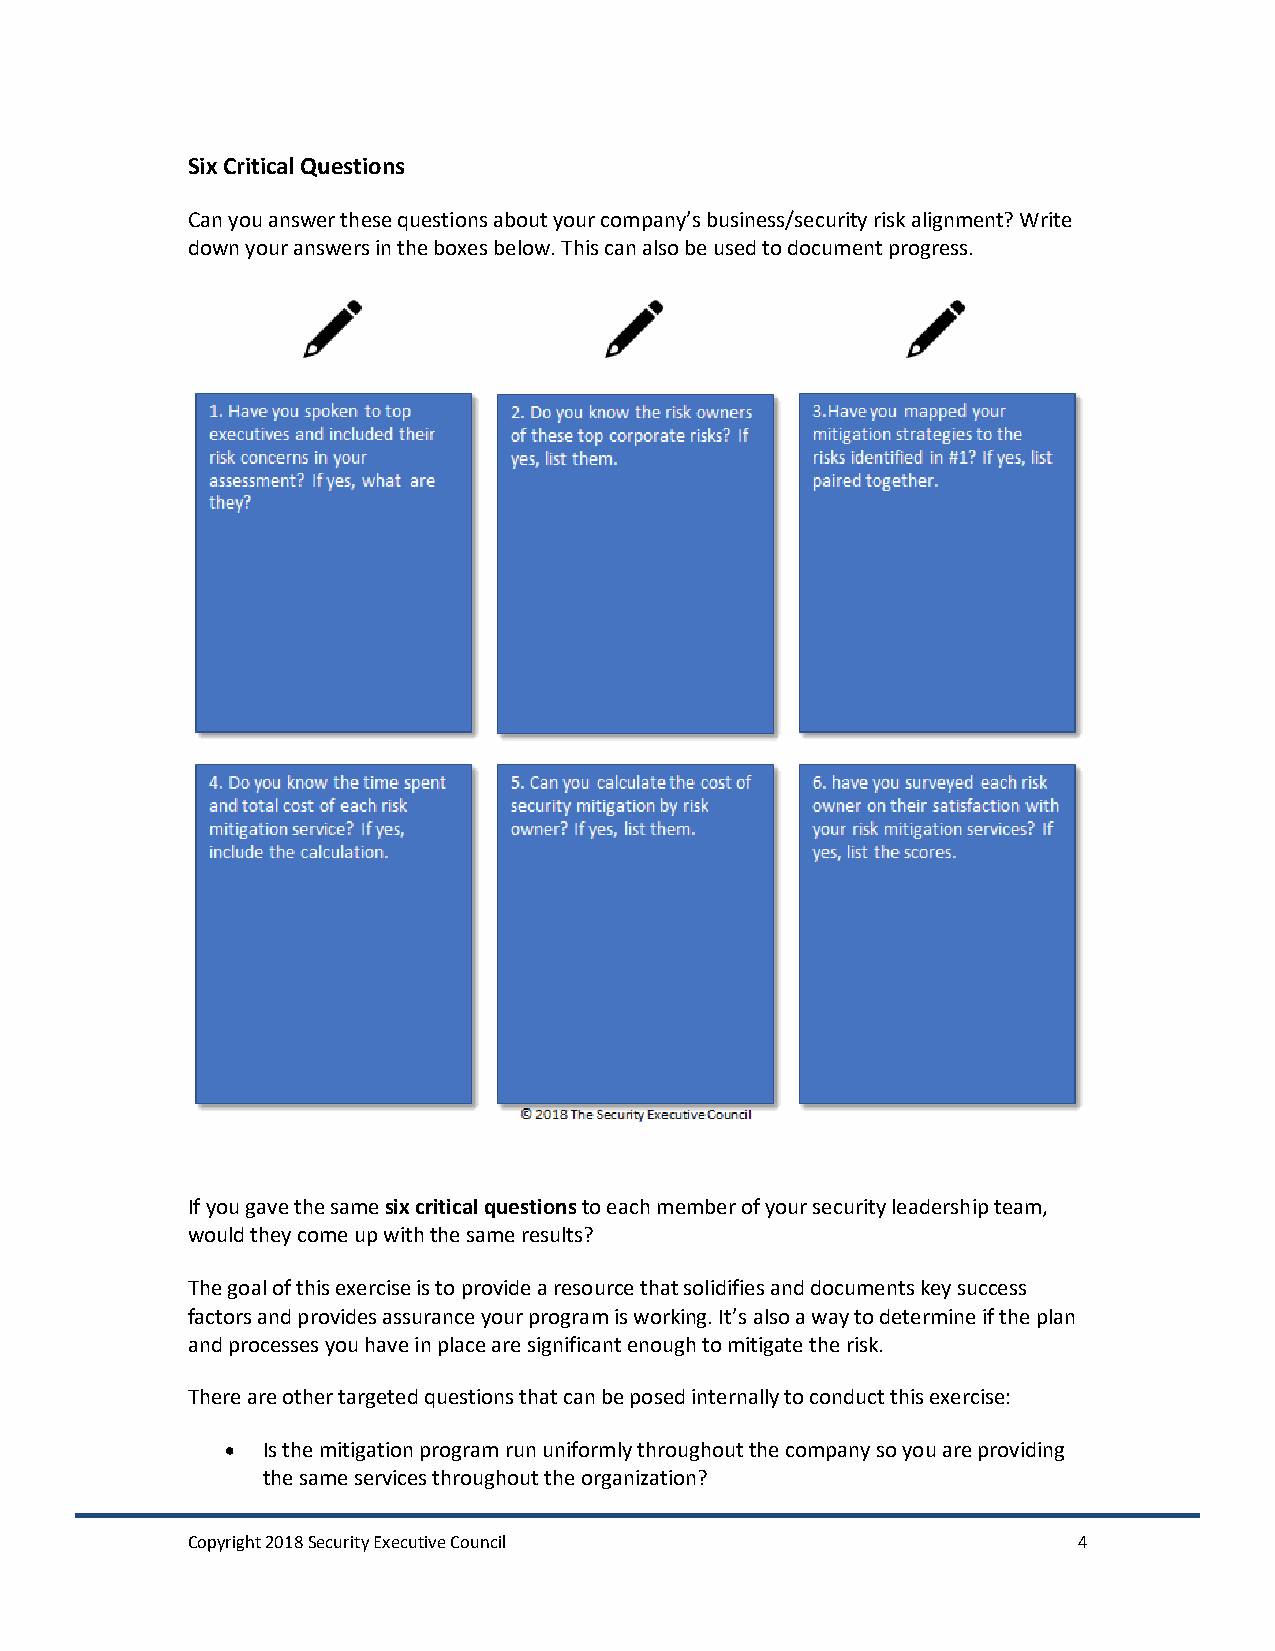
Six Critical Questions
 Can you answer these questions about your company’s business/security risk alignment? Write
 down your answers in the boxes below. This can also be used to document progress.
 If you gave the same six critical questions to each member of your security leadership team,
 would they come up with the same results?
 The goal of this exercise is to provide a resource that solidifies and documents key success
 factors and provides assurance your program is working. It’s also a way to determine if the plan
 and processes you have in place are significant enough to mitigate the risk.
 There are other targeted questions that can be posed internally to conduct this exercise:
 • Is the mitigation program run uniformly throughout the company so you are providing
 the same services throughout the organization?
 Copyright 2018 Security Executive Council                  4